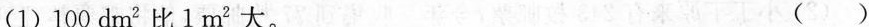
(1)100dm^{2}比1m^{2}大。（）